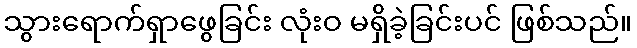
သွားရောက်ရှာဖွေခြင်း လုံးဝ မရှိခဲ့ခြင်းပင် ဖြစ်သည်။